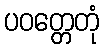
ပဝတ္တေတုံ